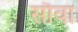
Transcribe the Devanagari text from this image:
सौवा